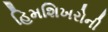
હિમશિખરોની